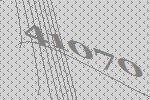
41070